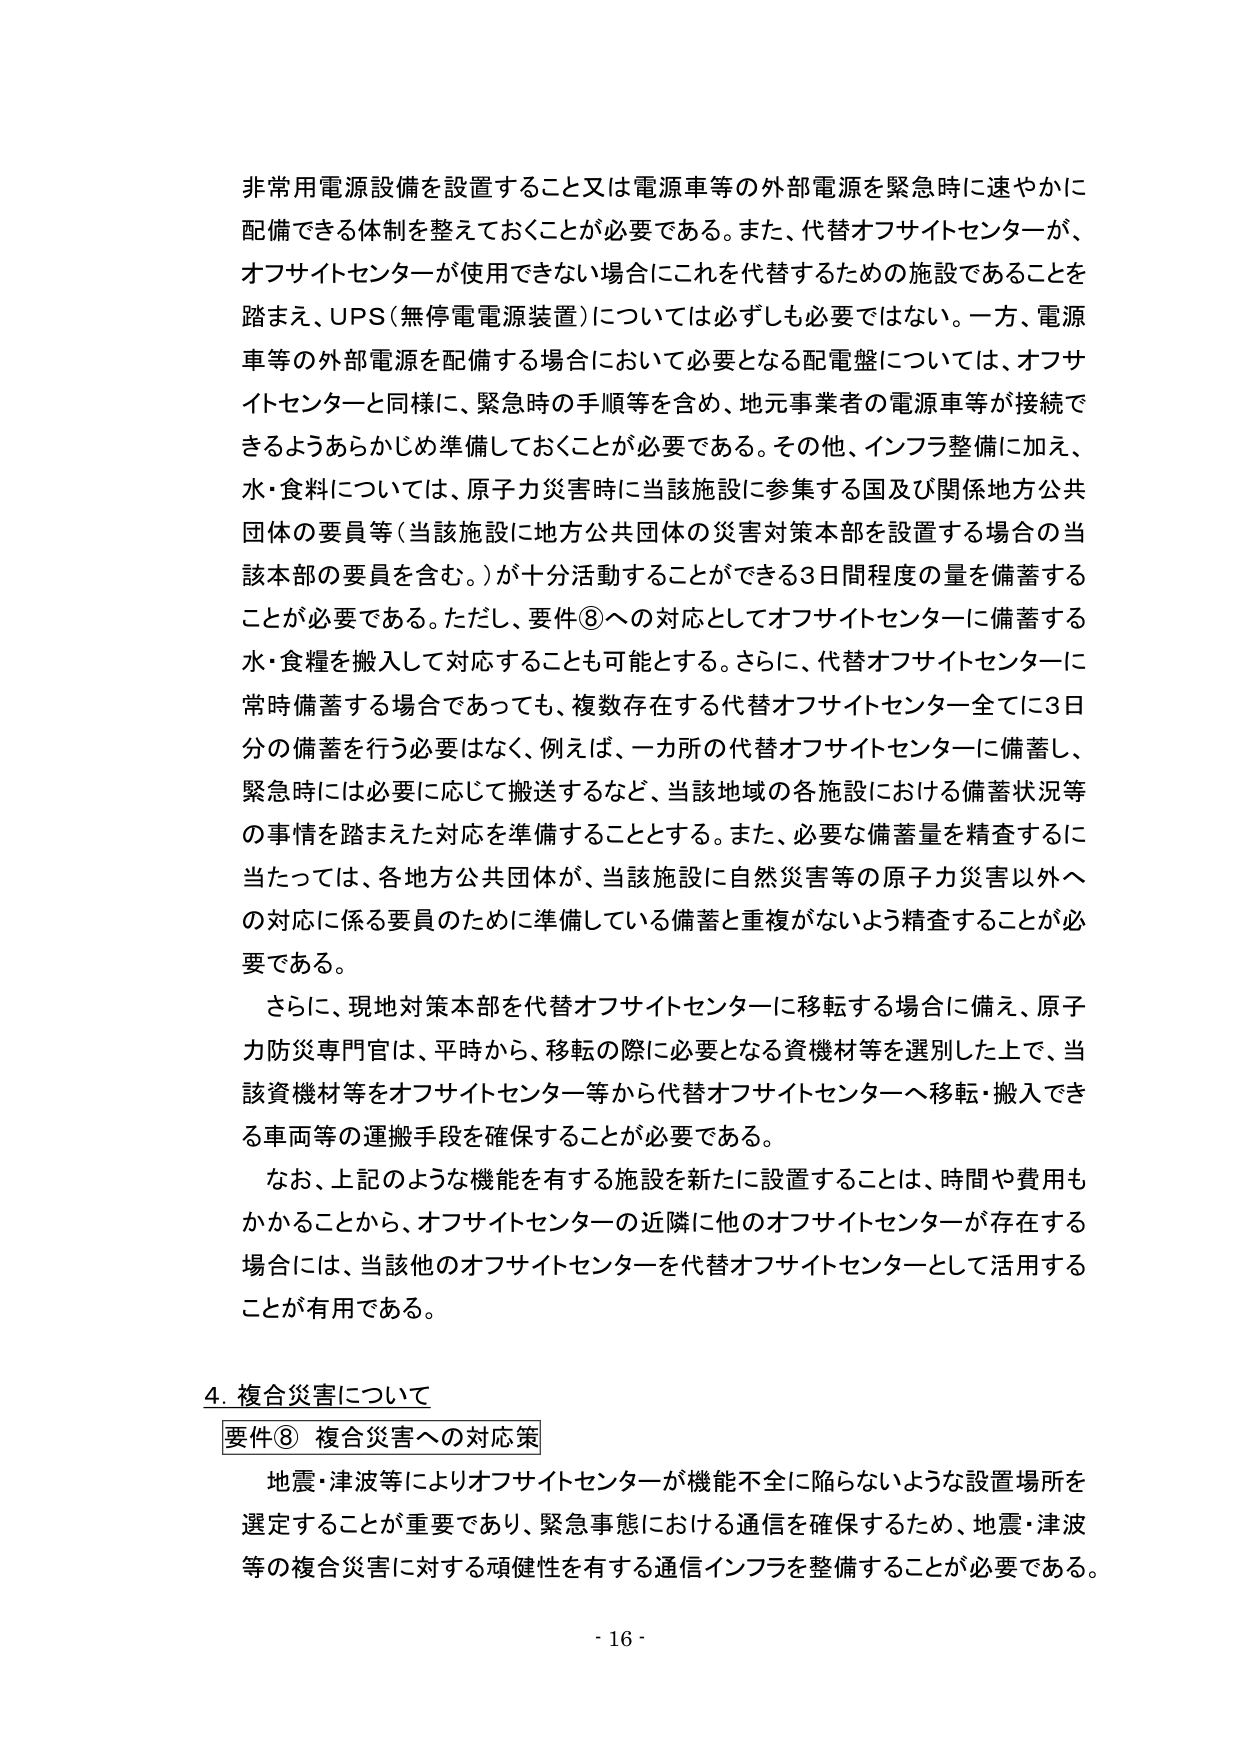
非常用電源設備を設置すること又は電源車等の外部電源を緊急時に速やかに
配備できる体制を整えておくことが必要である。また、代替オフサイトセンターが、
オフサイトセンターが使用できない場合にこれを代替するための施設であることを
踏まえ、UPS（無停電電源装置）については必ずしも必要ではない。一方、電源
車等の外部電源を配備する場合において必要となる配電盤については、オフサ
イトセンターと同様に、緊急時の手順等を含め、地元事業者の電源車等が接続で
きるようあらかじめ準備しておくことが必要である。その他、インフラ整備に加え、
水・食料については、原子力災害時に当該施設に参集する国及び関係地方公共
団体の要員等（当該施設に地方公共団体の災害対策本部を設置する場合の当
該本部の要員を含む。）が十分活動することができる3日間程度の量を備蓄する
ことが必要である。ただし、要件⑧への対応としてオフサイトセンターに備蓄する
水・食糧を搬入して対応することも可能とする。さらに、代替オフサイトセンターに
常時備蓄する場合であっても、複数存在する代替オフサイトセンター全てに3日
分の備蓄を行う必要はなく、例えば、一カ所の代替オフサイトセンターに備蓄し、
緊急時には必要に応じて搬送するなど、当該地域の各施設における備蓄状況等
の事情を踏まえた対応を準備することとする。また、必要な備蓄量を精査するに
当たっては、各地方公共団体が、当該施設に自然災害等の原子力災害以外へ
の対応に係る要員のために準備している備蓄と重複がないよう精査することが必
要である。
　さらに、現地対策本部を代替オフサイトセンターに移転する場合に備え、原子
力防災専門官は、平時から、移転の際に必要となる資機材等を選別した上で、当
該資機材等をオフサイトセンター等から代替オフサイトセンターへ移転・搬入でき
る車両等の運搬手段を確保することが必要である。
　なお、上記のような機能を有する施設を新たに設置することは、時間や費用も
かかることから、オフサイトセンターの近隣に他のオフサイトセンターが存在する
場合には、当該他のオフサイトセンターを代替オフサイトセンターとして活用する
ことが有用である。

4. 複合災害について
要件⑧ 複合災害への対応策
　地震・津波等によりオフサイトセンターが機能不全に陥らないような設置場所を
選定することが重要であり、緊急事態における通信を確保するため、地震・津波
等の複合災害に対する頑健性を有する通信インフラを整備することが必要である。
- 16 -